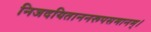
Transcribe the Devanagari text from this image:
निजदयिताननरूपसमानम्।